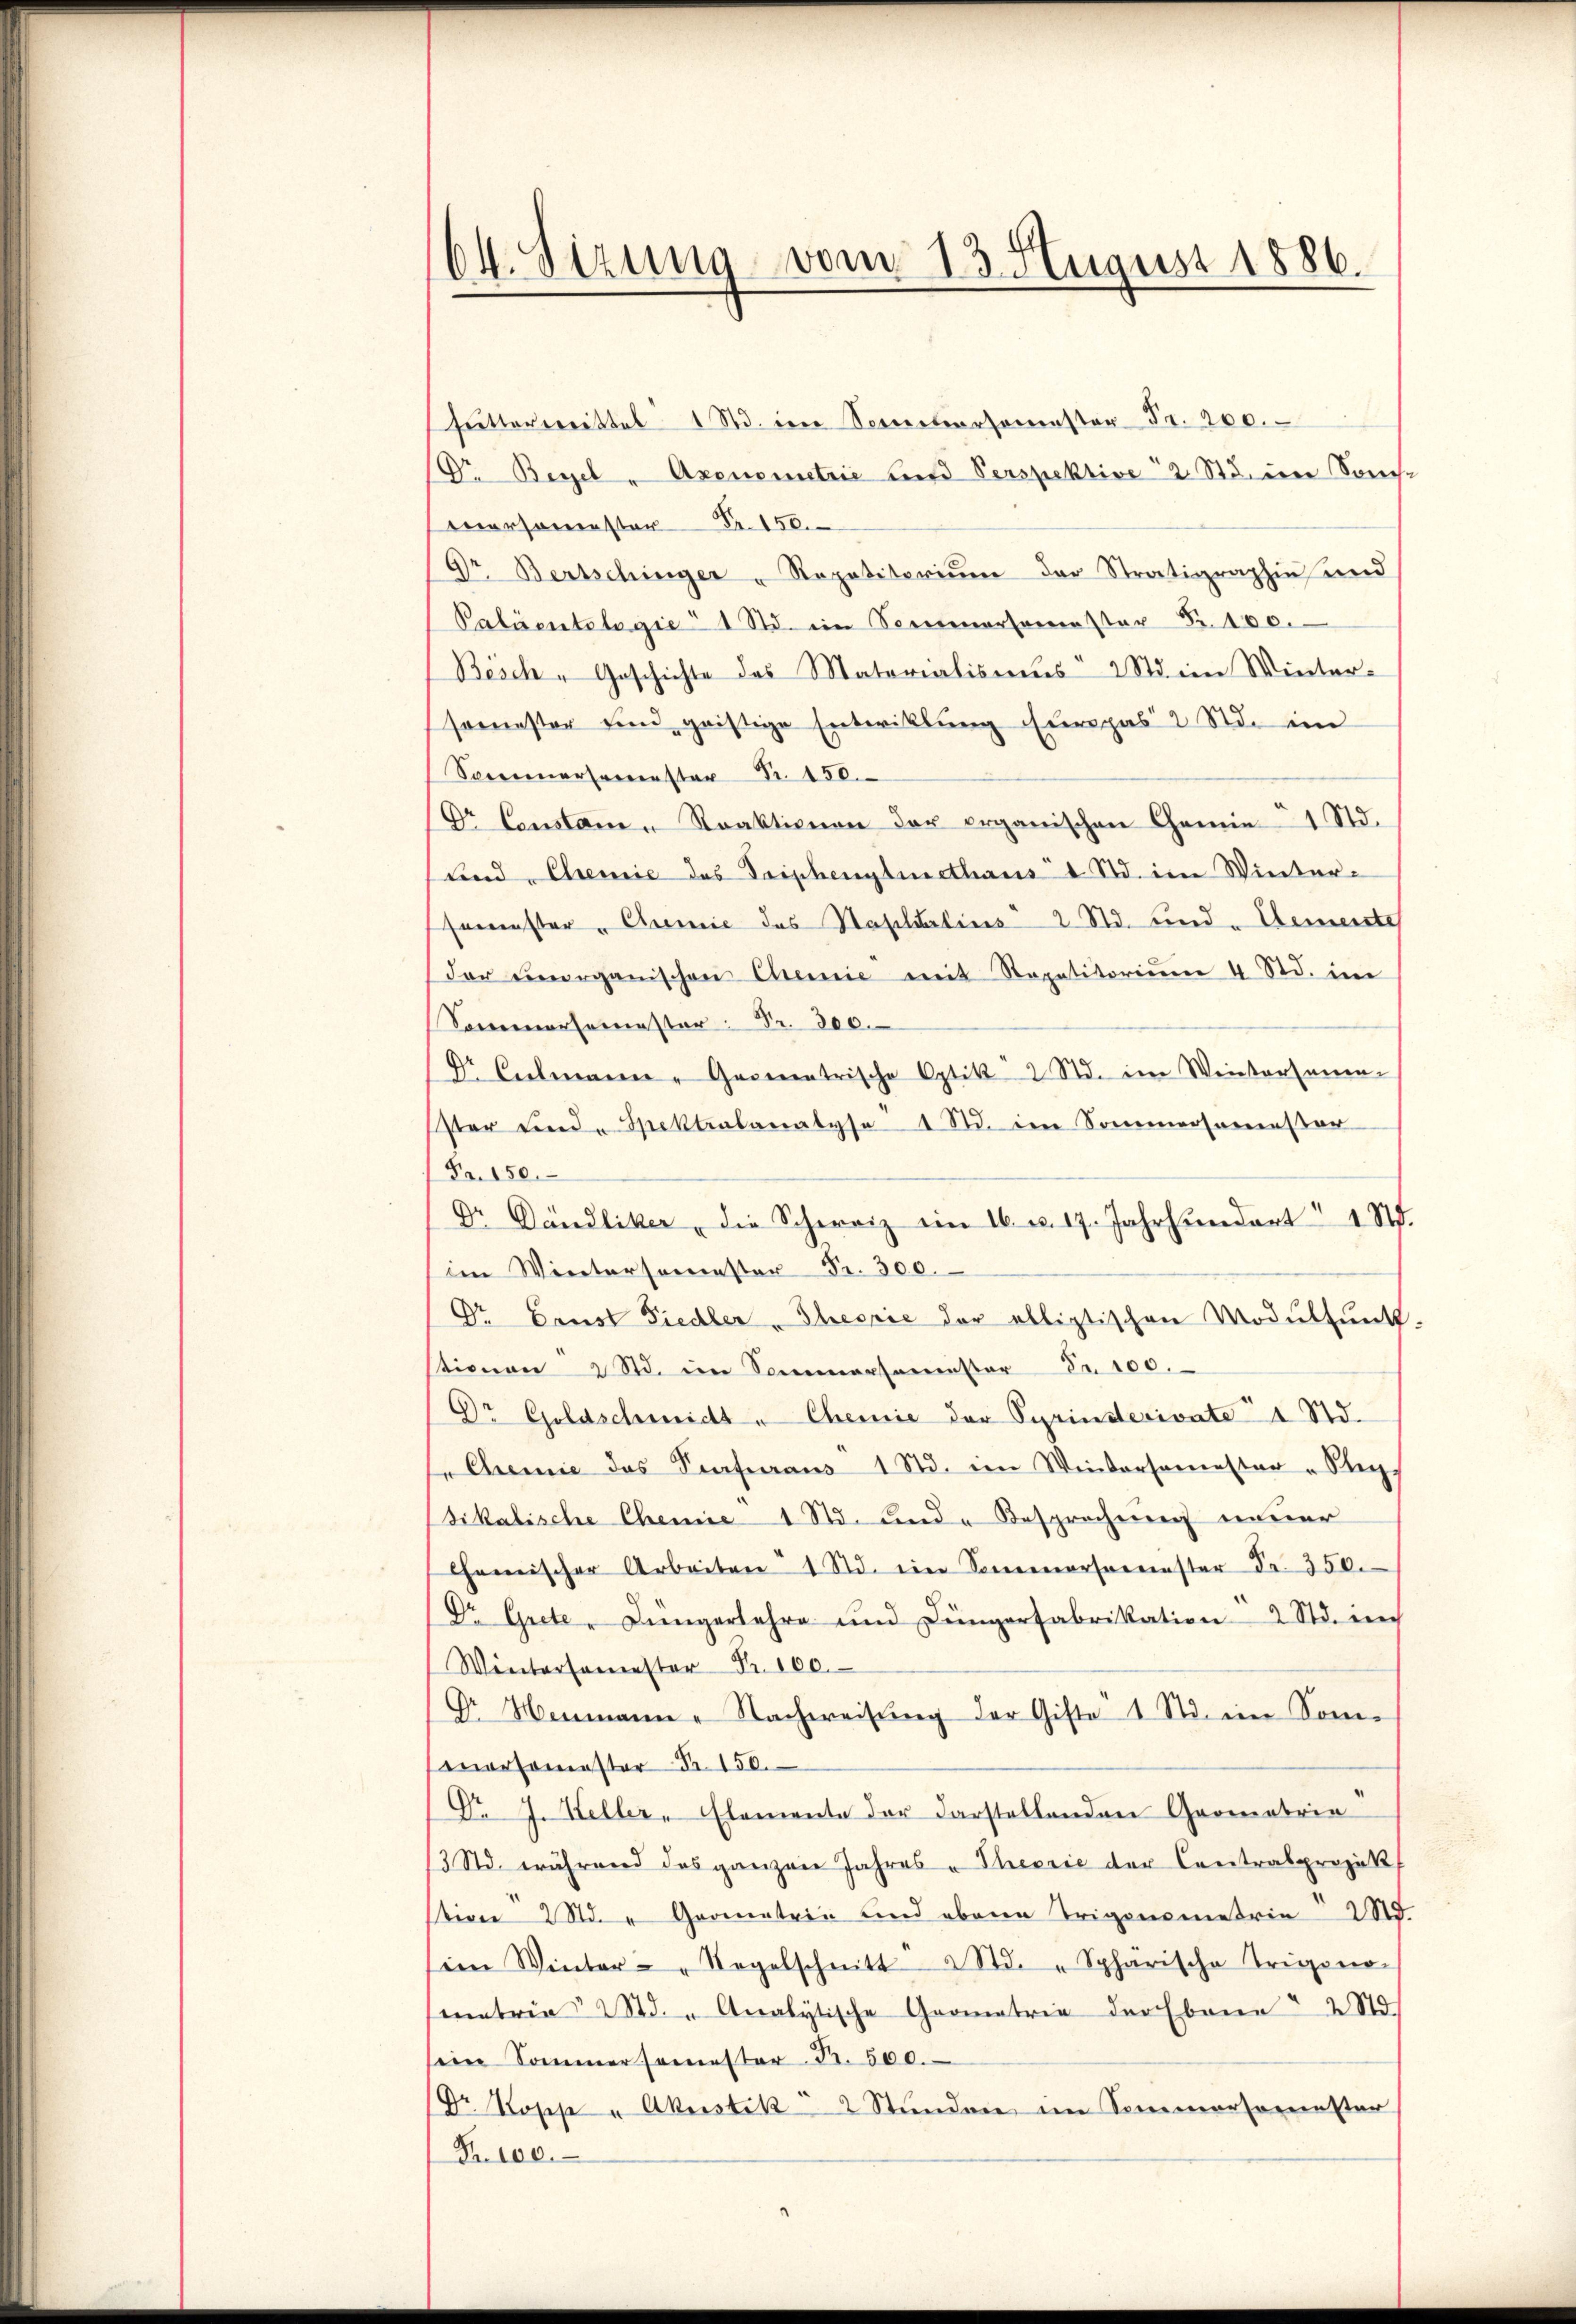
64. Sizung vom 13. August 1886.

Fŭttertrittel 1 Std. in Secretersamenster Fr. 200.
Dr. Begel - Axensmetrie auf Verspektive 2. Stein Sonche
nersemester Fr. 150.
Dr. Bertschinger - Repetitoriŭm der Stratigraphie und
Paläontologie 1 Std. im Sommersemester Nr. 100.
Bösch - Geschichte des Materialismus 2 S. im Winter-
semester und geistige Entwicklung Europas 2 Std. ein
Sociersemester Fr. 150.
Dr Censtan - Reaktionen der organischen Chemie 1 Std.
lind Chemie des Triphenglethaus 1 Std. im Winter-
semester " Chemie des Haselsartius 2 Std. sind. Demente
der energanischen Chemie mit Repetitoriŭm 4 Std. im
Sommersemester Nr. 800.
Dr Culmann - Gasmatrische Optik 2 Std. im Weitersamen-
ster Linde Spektrabanalyse 1 S. im Sommersemester
Fr. 150.
Dr Dändliker " die Schweiz ein 16. u. 17. Jahrhundert 1 S.
im Wintersemester Fr. 300.
Dr. Const Fiedler "Theorie der allistischen Modulfunk-
tionen 2 Std. im Sommersamster Fr. 100.
Dr Goldschmidt " Chemie der Syrinderivate 1 Std.
"Chemie das Verferaus 1 Std. im Windersemester „Steig
sikalische Chemie 1 Std. und Besprechung neuer
Chemischer Arbeiten 1 Std. ein Sommersemester Fr. 350.
Dr. Grete - Liengerfahre und Düngerfabrikation 2 Std. in
Wintersamester Nr. 100.
Gr Heimann - Nachweisung der Gifte 1 Std. ein Som¬
Marsemester Nr. 150.
Dr J. Heller, Elemente der darstellenden Geometrie
13 Std. während das ganzen Jahres - Theorie der Contralprojek
sion 2 Std. " Geometrie und obene Trigonometrie d
sien Winter-Regelschnitt Std. " Sphärische Trigono-
matria 1 Std. " Analytische Geometrie der Ebenen " 2 St
sein Sommersemester Fr. 500.
Dr Rosse u Akristik 2 Stŭnden im Sommersemester
Fr. 100.